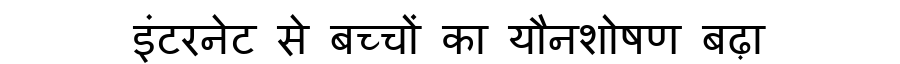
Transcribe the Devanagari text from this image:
इंटरनेट से बच्चों का यौनशोषण बढ़ा